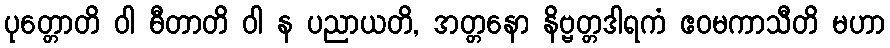
ပုတ္တောတိ ဝါ ဓီတာတိ ဝါ န ပညာယတိ, အတ္တနော နိဗ္ဗတ္တဒါရကံ ဧဝမကာသီတိ မဟာ